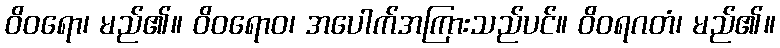
ဝိဝရော၊ မည်၏။ ဝိဝရောဝ၊ အပေါက်အကြားသည်ပင်။ ဝိဝရဂတံ၊ မည်၏။